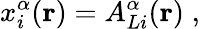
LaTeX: x_{i}^{\alpha}({\mathbf{r}})=A_{Li}^{\alpha}({\mathbf{r}})\; ,